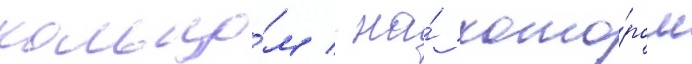
кольцо́м / на́ кото́ром